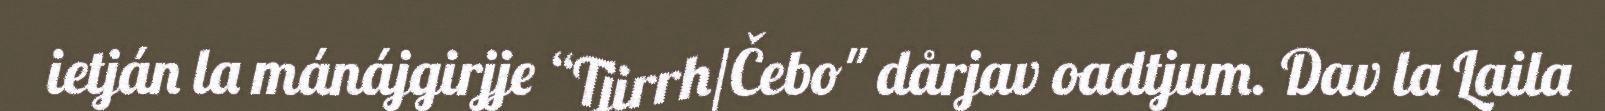
ietján la mánájgirjje “Tjirrh/Čebo" dårjav oadtjum. Dav la Laila